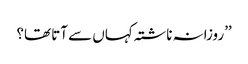
’’روزانہ ناشتہ کہاں سے آتا تھا؟